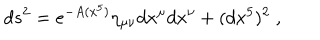
d s ^ { 2 } = e ^ { - A ( x ^ { 5 } ) } \eta _ { \mu \nu } d x ^ { \mu } d x ^ { \nu } + ( d x ^ { 5 } ) ^ { 2 } \; ,